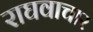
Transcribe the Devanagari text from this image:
राघवाचार